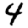
Digit: 4